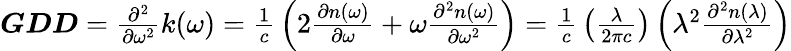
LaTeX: {\begin{array}{l}{{\boldsymbol{\mathit{GDD}}}={\frac{{\partial}^{2}}{\partial{\omega}^{\mathrm{2}}}}k\mathrm{(}\omega\mathrm{)}={\frac{\mathrm{1}}{c}}\left(\mathrm{2}{\frac{\partial n\mathrm{(}\omega\mathrm{)}}{\partial\omega}}+\omega{\frac{{\partial}^{2}n\mathrm{(}\omega\mathrm{)}}{\partial{\omega}^{\mathrm{2}}}}\right)={\frac{\mathrm{1}}{c}}\left({\frac{\lambda}{\mathrm{2}\pi c}}\right)\left({\lambda}^{\mathrm{2}}{\frac{{\partial}^{2}n\mathrm{(}\lambda\mathrm{)}}{\partial{\lambda}^{\mathrm{2}}}}\right)}\end{array}}